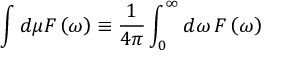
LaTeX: \int d \mu F \left( \omega \right) \equiv \frac { 1 } { 4 { \pi } } \int _ { 0 } ^ { \infty } d \omega \, F \left( \omega \right)